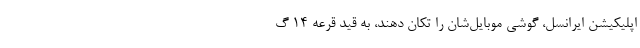
اپلیکیشن ایرانسل، گوشی‌ موبایل‌شان را تکان دهند، به قید قرعه ۱۴ گ